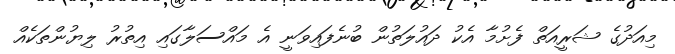
މިއަދުގެ ޝަރީއަތް ފެށުމާ އެކު ދައުލަތުން ބުނެފައިވަނީ އެ މައްސަލާގައި އިތުރު ލިޔުންތަކެއް